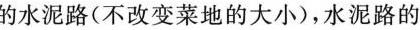
的水泥路(不改变菜地的大小)，水泥路的